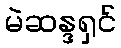
မဲဆန္ဒရှင်